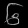
Digit: ၆